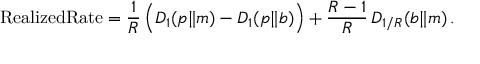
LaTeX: \mathrm { { R e a l i z e d R a t e } } = { \frac { 1 } { R } } \, { \Big ( } D _ { 1 } ( p \| m ) - D _ { 1 } ( p \| b ) { \Big ) } + { \frac { R - 1 } { R } } \, D _ { 1 / R } ( b \| m ) \, .